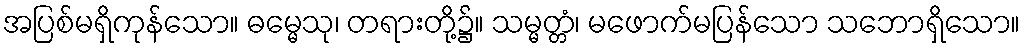
အပြစ်မရှိကုန်သော။ ဓမ္မေသု၊ တရားတို့၌။ သမ္မတ္တံ၊ မဖောက်မပြန်သော သဘောရှိသော။